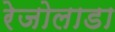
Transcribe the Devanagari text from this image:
रेजोलाडा